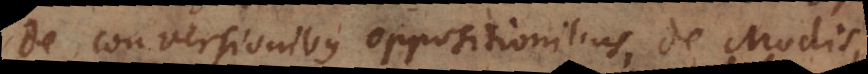
De conversionibus oppositionibus, de Modis,